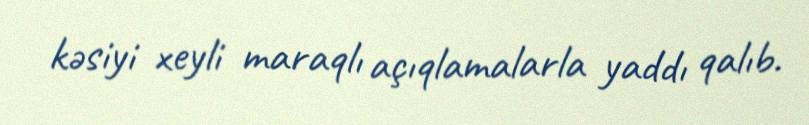
kəsiyi xeyli maraqlı açıqlamalarla yaddı qalıb.